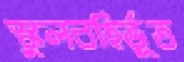
স্কুলবহির্ভূত